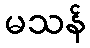
မသန်